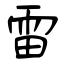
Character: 雷